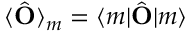
\langle \hat { \bf { O } } \rangle _ { m } = \langle m | \hat { \bf { O } } | m \rangle